Document type: Sale
Year: 1439
Scribe: Arnau d'Illes
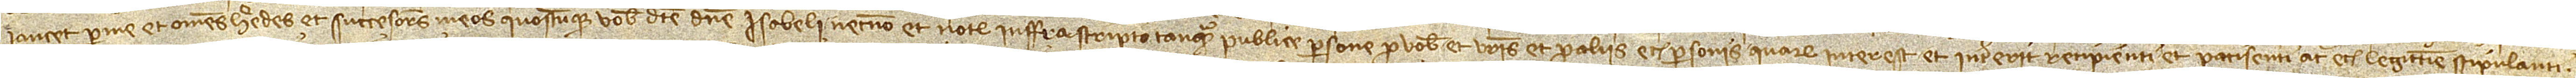
Iancet per me et omnes heredes et successores meos quoscumque vobis dicte domine Isabeli necnon et notario infrascripto tanquam publice persone pro vobis et vestris et pro aliis etiam personis quarum interest et intererit recipienti et paciscenti ac etiam legittime stipulanti.